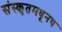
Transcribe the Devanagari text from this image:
संस्कृतमधूनच